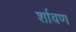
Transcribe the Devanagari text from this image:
र्शावण